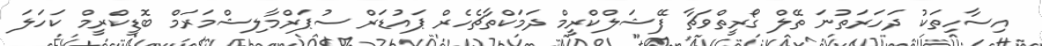
އިސާހިތަކު ދަހަރަތުނަ ތޭލް ގޯރީތްވަޗާ ފޭޝަލްކްރީމް ދަމަކްތާޗެހެރް ޕައުޑަރް ސުޕަރްމާލިޝްމަރަމް ބޮޑީކްރީމް ކަހަލަ